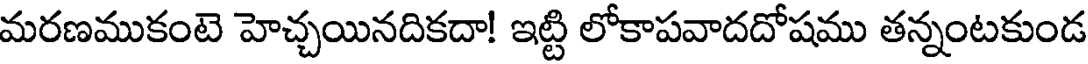
మరణముకంటె హెచ్చయినదికదా! ఇట్టి లోకాపవాదదోషము తన్నంటకుండ